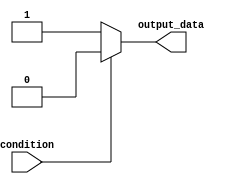
module if_else_example (
  input wire condition,
  output reg output_data
);

// Behavioral modeling block with if-else statement
always @(*) begin
  if (~condition) begin
    // Statements within the "if" block
    output_data <= 1'b1;
  end
  else begin
    // Statements within the "else" block
    output_data <= 1'b0;
  end
end

endmodule